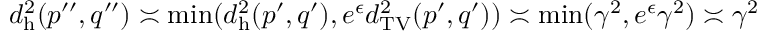
d _ { \mathrm { h } } ^ { 2 } ( p ^ { \prime \prime } , q ^ { \prime \prime } ) \asymp \operatorname* { m i n } ( d _ { \mathrm { h } } ^ { 2 } ( p ^ { \prime } , q ^ { \prime } ) , e ^ { \epsilon } d _ { \mathrm { T V } } ^ { 2 } ( p ^ { \prime } , q ^ { \prime } ) ) \asymp \operatorname* { m i n } ( \gamma ^ { 2 } , e ^ { \epsilon } \gamma ^ { 2 } ) \asymp \gamma ^ { 2 }